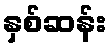
နှစ်ဆန်း